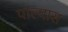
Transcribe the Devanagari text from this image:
पाल्यास